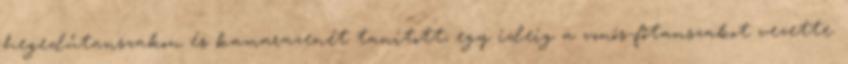
hegedűtanszakon és kamarazenét tanított; egy ideig a vonós-főtanszakot vezette.